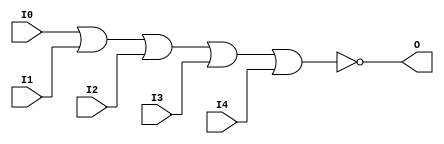

/*

FUNCTION	: 5-INPUT NOR GATE

*/

`timescale  100 ps / 10 ps

`celldefine

module NOR5 (O, I0, I1, I2, I3, I4);


    output O;

    input  I0, I1, I2, I3, I4;

    nor O1 (O, I0, I1, I2, I3, I4);

    specify
	(I0 *> O) = (0, 0);
	(I1 *> O) = (0, 0);
	(I2 *> O) = (0, 0);
	(I3 *> O) = (0, 0);
	(I4 *> O) = (0, 0);
    endspecify

endmodule

`endcelldefine